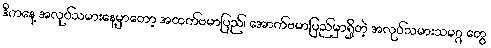
ဒီကနေ့ အလုပ်သမားနေ့မှာတော့ အထက်ဗမာပြည်၊ အောက်ဗမာပြည်မှာရှိတဲ့ အလုပ်သမားသမဂ္ဂ တွေ